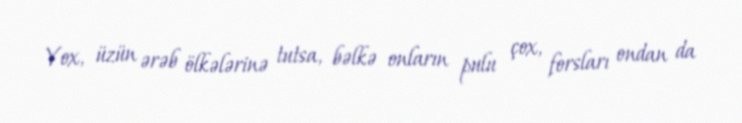
Yox, üzün ərəb ölkələrinə tutsa, bəlkə onların pulu çox, forsları ondan da